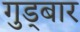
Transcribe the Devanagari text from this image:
गुड्बार